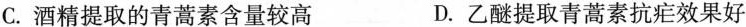
C.酒精提取的青蒿素含量较高 D.乙醚提取青蒿素抗疟效果好